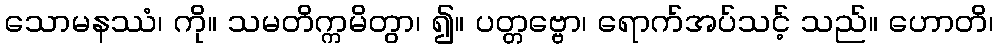
သောမနဿံ၊ ကို။ သမတိက္ကမိတွာ၊ ၍။ ပတ္တဗ္ဗော၊ ရောက်အပ်သင့် သည်။ ဟောတိ၊